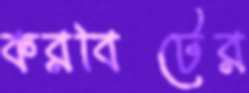
করবিটের